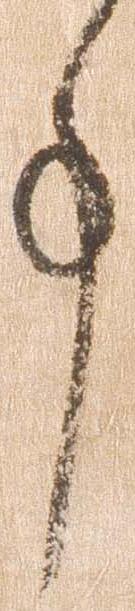
事